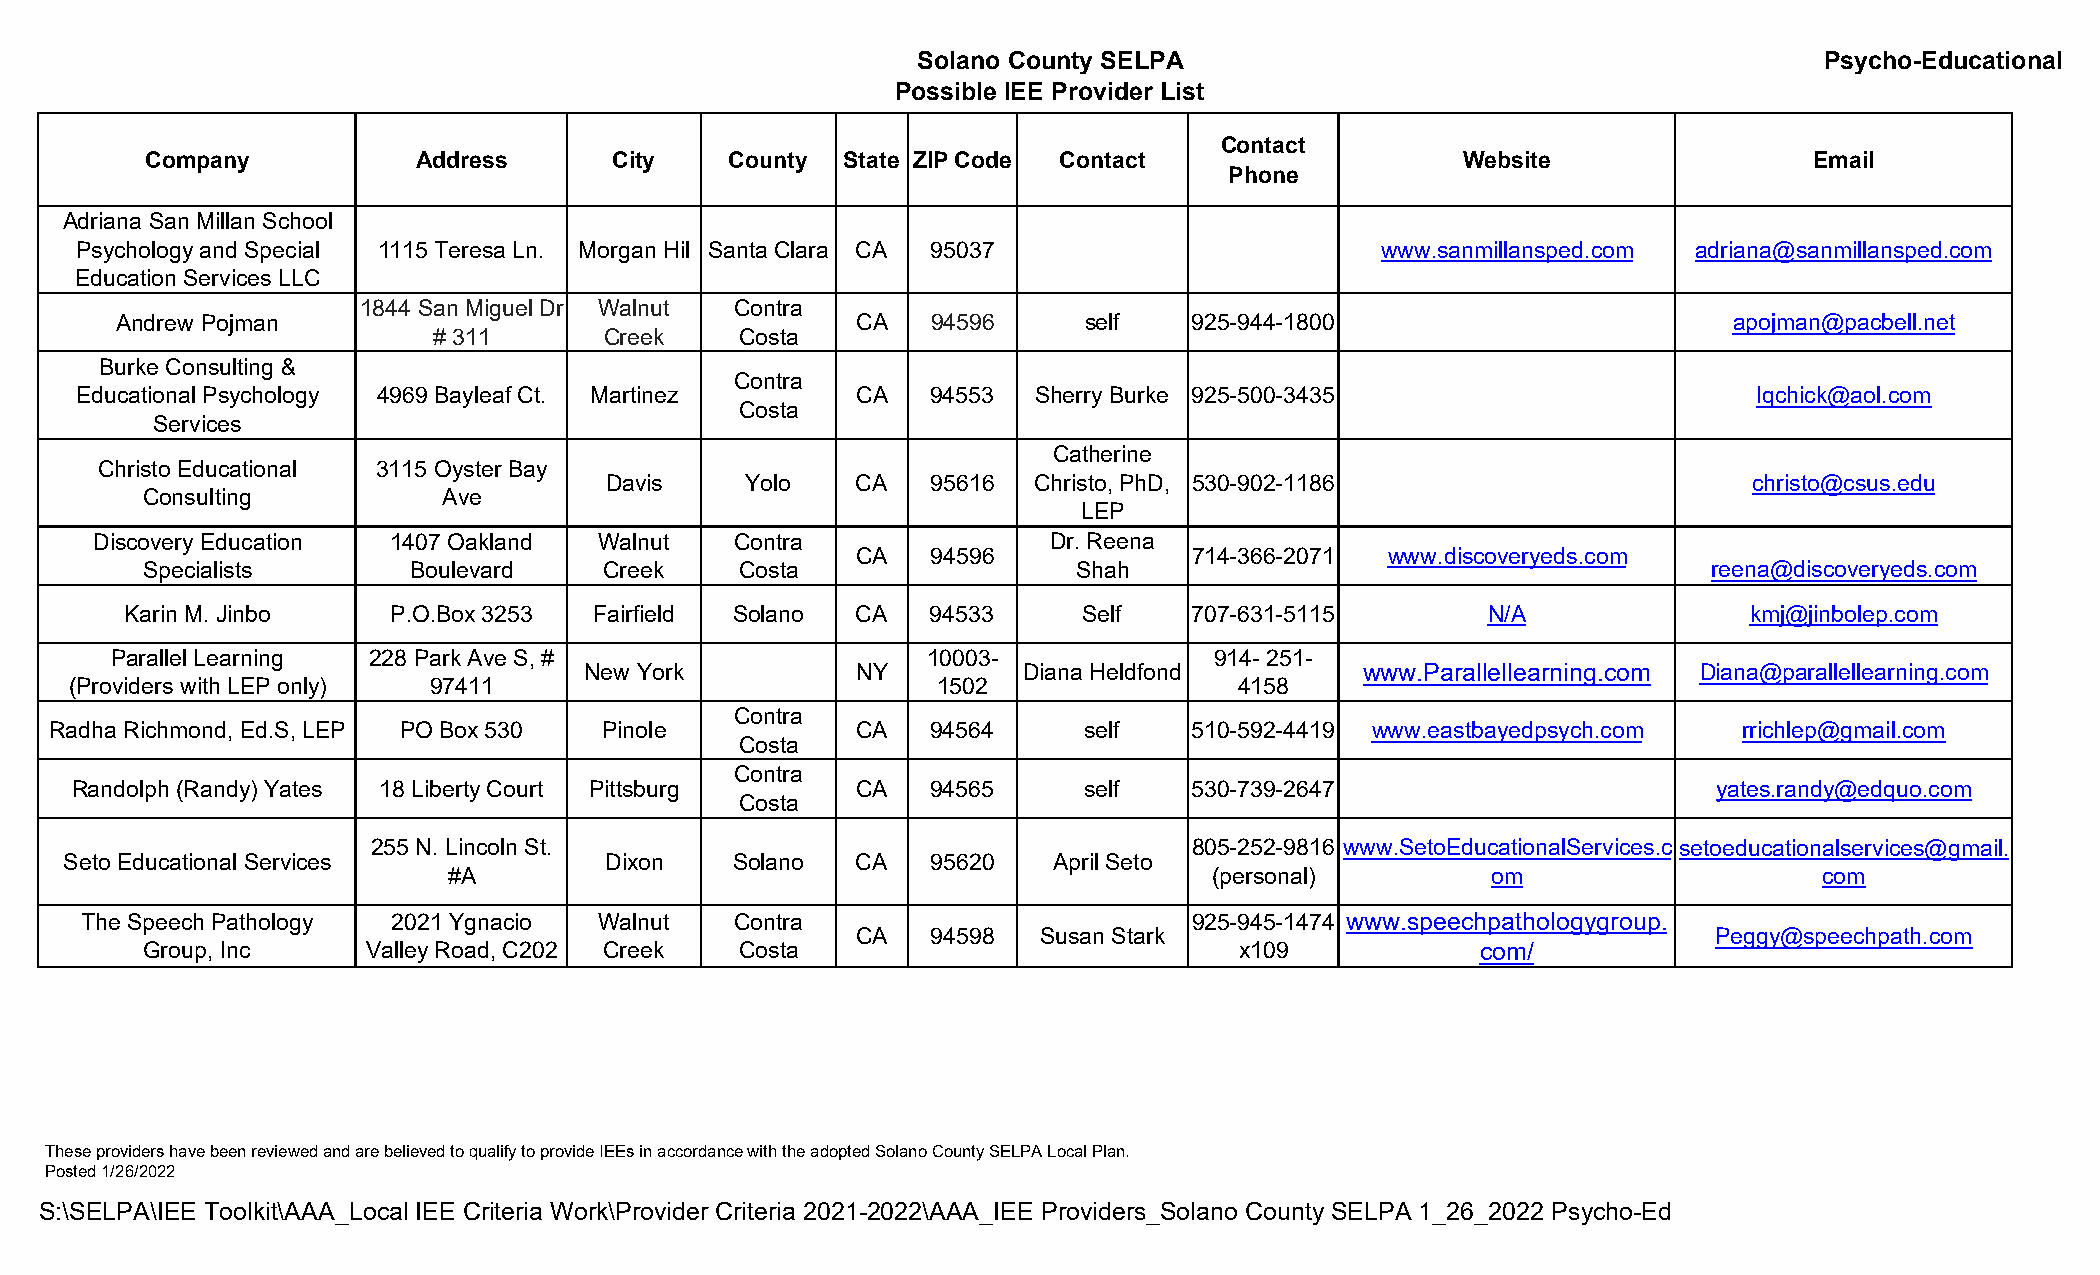
Solano County SELPA                                         Psycho-Educational
 Possible IEE Provider List
 Contact
 Company           Address      City   County  State ZIP Code Contact                   Website                Email
 Phone
 Adriana San Millan School
 Psychology and Special 1115 Teresa Ln. Morgan Hil Santa Clara CA 95037                www.sanmillansped.com adriana@sanmillansped.com
 Education Services LLC
 1844 San Miguel Dr Walnut Contra
 Andrew Pojman                                    CA   94596     self   925-944-1800                        apojman@pacbell.net
 # 311      Creek    Costa
 Burke Consulting &
 Contra
 Educational Psychology 4969 Bayleaf Ct. Martinez    CA   94553  Sherry Burke 925-500-3435                      Iqchick@aol.com
 Costa
 Services
 Catherine
 Christo Educational 3115 Oyster Bay
 Davis    Yolo    CA   95616 Christo, PhD, 530-902-1186                      christo@csus.edu
 Consulting          Ave
 LEP
 Discovery Education 1407 Oakland  Walnut   Contra               Dr. Reena
 CA   94596            714-366-2071 www.discoveryeds.com
 Specialists       Boulevard    Creek    Costa                 Shah                                      reena@discoveryeds.com
 Karin M. Jinbo    P.O.Box 3253 Fairfield Solano  CA   94533     Self   707-631-5115        N/A              kmj@jinbolep.com
 Parallel Learning 228 Park Ave S, #                   10003-             914- 251-
 New York          NY         Diana Heldfond        www.Parallellearning.com Diana@parallellearning.com
 (Providers with LEP only) 97411                          1502                4158
 Contra
 Radha Richmond, Ed.S, LEP PO Box 530 Pinole           CA   94564     self   510-592-4419 www.eastbayedpsych.com rrichlep@gmail.com
 Costa
 Contra
 Randolph (Randy) Yates 18 Liberty Court Pittsburg   CA   94565     self   530-739-2647                       yates.randy@edquo.com
 Costa
 255 N. Lincoln St.                                    805-252-9816 www.SetoEducationalServices.csetoeducationalservices@gmail.
 Seto Educational Services           Dixon    Solano  CA   95620   April Seto
 #A                                                (personal)         om                    com
 The Speech Pathology 2021 Ygnacio  Walnut   Contra                        925-945-1474 www.speechpathologygroup.
 CA   94598  Susan Stark                                  Peggy@speechpath.com
 Group, Inc    Valley Road, C202 Creek  Costa                            x109            com/
 These providers have been reviewed and are believed to qualify to provide IEEs in accordance with the adopted Solano County SELPA Local Plan.
 Posted 1/26/2022
 S:\SELPA\IEE Toolkit\AAA_Local IEE Criteria Work\Provider Criteria 2021-2022\AAA_IEE Providers_Solano County SELPA 1_26_2022 Psycho-Ed